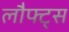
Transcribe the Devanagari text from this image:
लौफ्ट्स